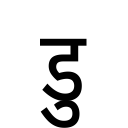
OCR:
डु